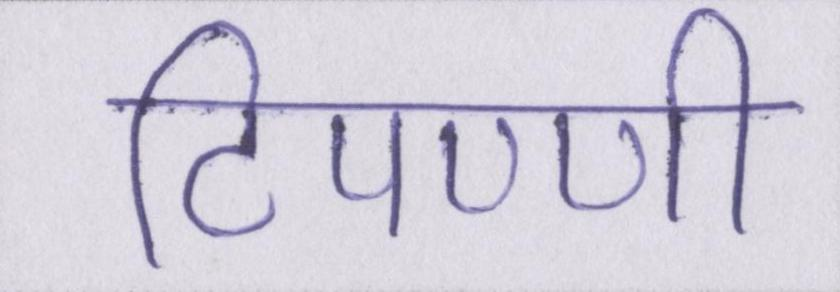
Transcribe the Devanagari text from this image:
टिपण्णी